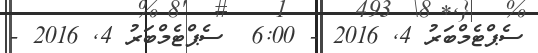
ސެޕްޓެމްބަރު 4